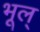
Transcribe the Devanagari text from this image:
भूल्